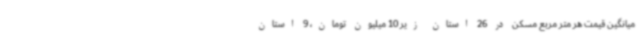
میانگین قیمت هر متر مربع مسکن در 26 استان زیر 10 میلیون تومان، 9 استان